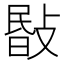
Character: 敯